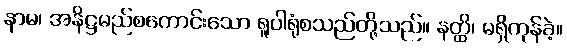
နာမ၊ အနိဋ္ဌမည်စကောင်းသော ရူပါရုံစသည်တို့သည်။ နတ္ထိ၊ မရှိကုန်ခဲ့။